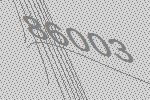
86003